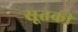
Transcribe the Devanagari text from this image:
सूतकी